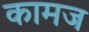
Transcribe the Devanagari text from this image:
कामज